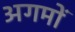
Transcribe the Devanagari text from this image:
अगमों